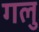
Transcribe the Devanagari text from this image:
गलु